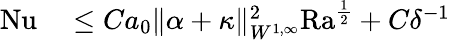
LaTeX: \begin{array}{rl}{\mathrm{{Nu}}}&{{}\leq Ca_{0}\| \alpha+\kappa\| _{W^{1,\infty}}^{2}\mathrm{{Ra}}^{\frac{1}{2}}+C\delta^{-1}}\end{array}